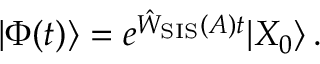
| \Phi ( t ) \rangle = e ^ { \hat { W } _ { \mathrm { S I S } } ( A ) t } | X _ { 0 } \rangle \, .